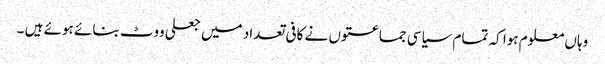
وہاں معلوم ہوا کہ تمام سیاسی جماعتوں نے کافی تعداد میں جعلی ووٹ بنائے ہوئے ہیں ۔